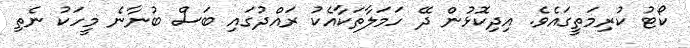
ކޯޓު ކުރިމަތީގައެވެ. އިދިކޮޅުން ދޭ ހަމަލާތަކާއެކު ރައްދުގައި ބަސް ބުނާނެ މީހަކު ނެތި